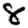
Digit: 8